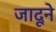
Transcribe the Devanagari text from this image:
जादूने